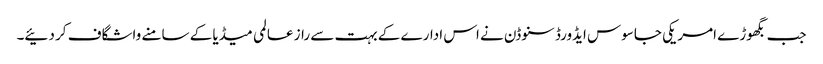
جب بگھوڑے امریکی جاسوس ایڈورڈ سنوڈن نے اس ادارے کے بہت سے راز عالمی میڈیا کے سامنے واشگاف کر دئیے۔